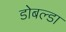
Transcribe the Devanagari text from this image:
डोबल्डा